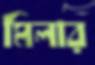
মিলার